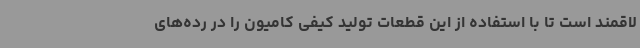
لاقمند است تا با استفاده از این قطعات تولید کیفی کامیون را در رده‌های